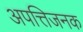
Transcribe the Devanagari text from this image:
अपत्तिजनक